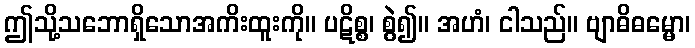
ဤသို့သဘောရှိသောအကိးထူးကို။ ပဋိစ္စ၊ စွဲ၍။ အဟံ၊ ငါသည်။ ဗျာဓိဓမ္မော၊